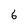
Character: 6